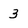
Character: 3